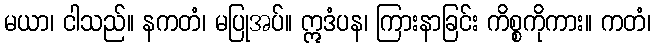
မယာ၊ ငါသည်။ နကတံ၊ မပြုအပ်။ ဣဒံပန၊ ကြားနာခြင်း ကိစ္စကိုကား။ ကတံ၊